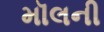
મૉલની